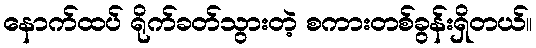
နောက်ထပ် ရိုက်ခတ်သွားတဲ့ စကားတစ်ခွန်းရှိတယ်။